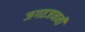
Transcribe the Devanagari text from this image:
जगतजननी